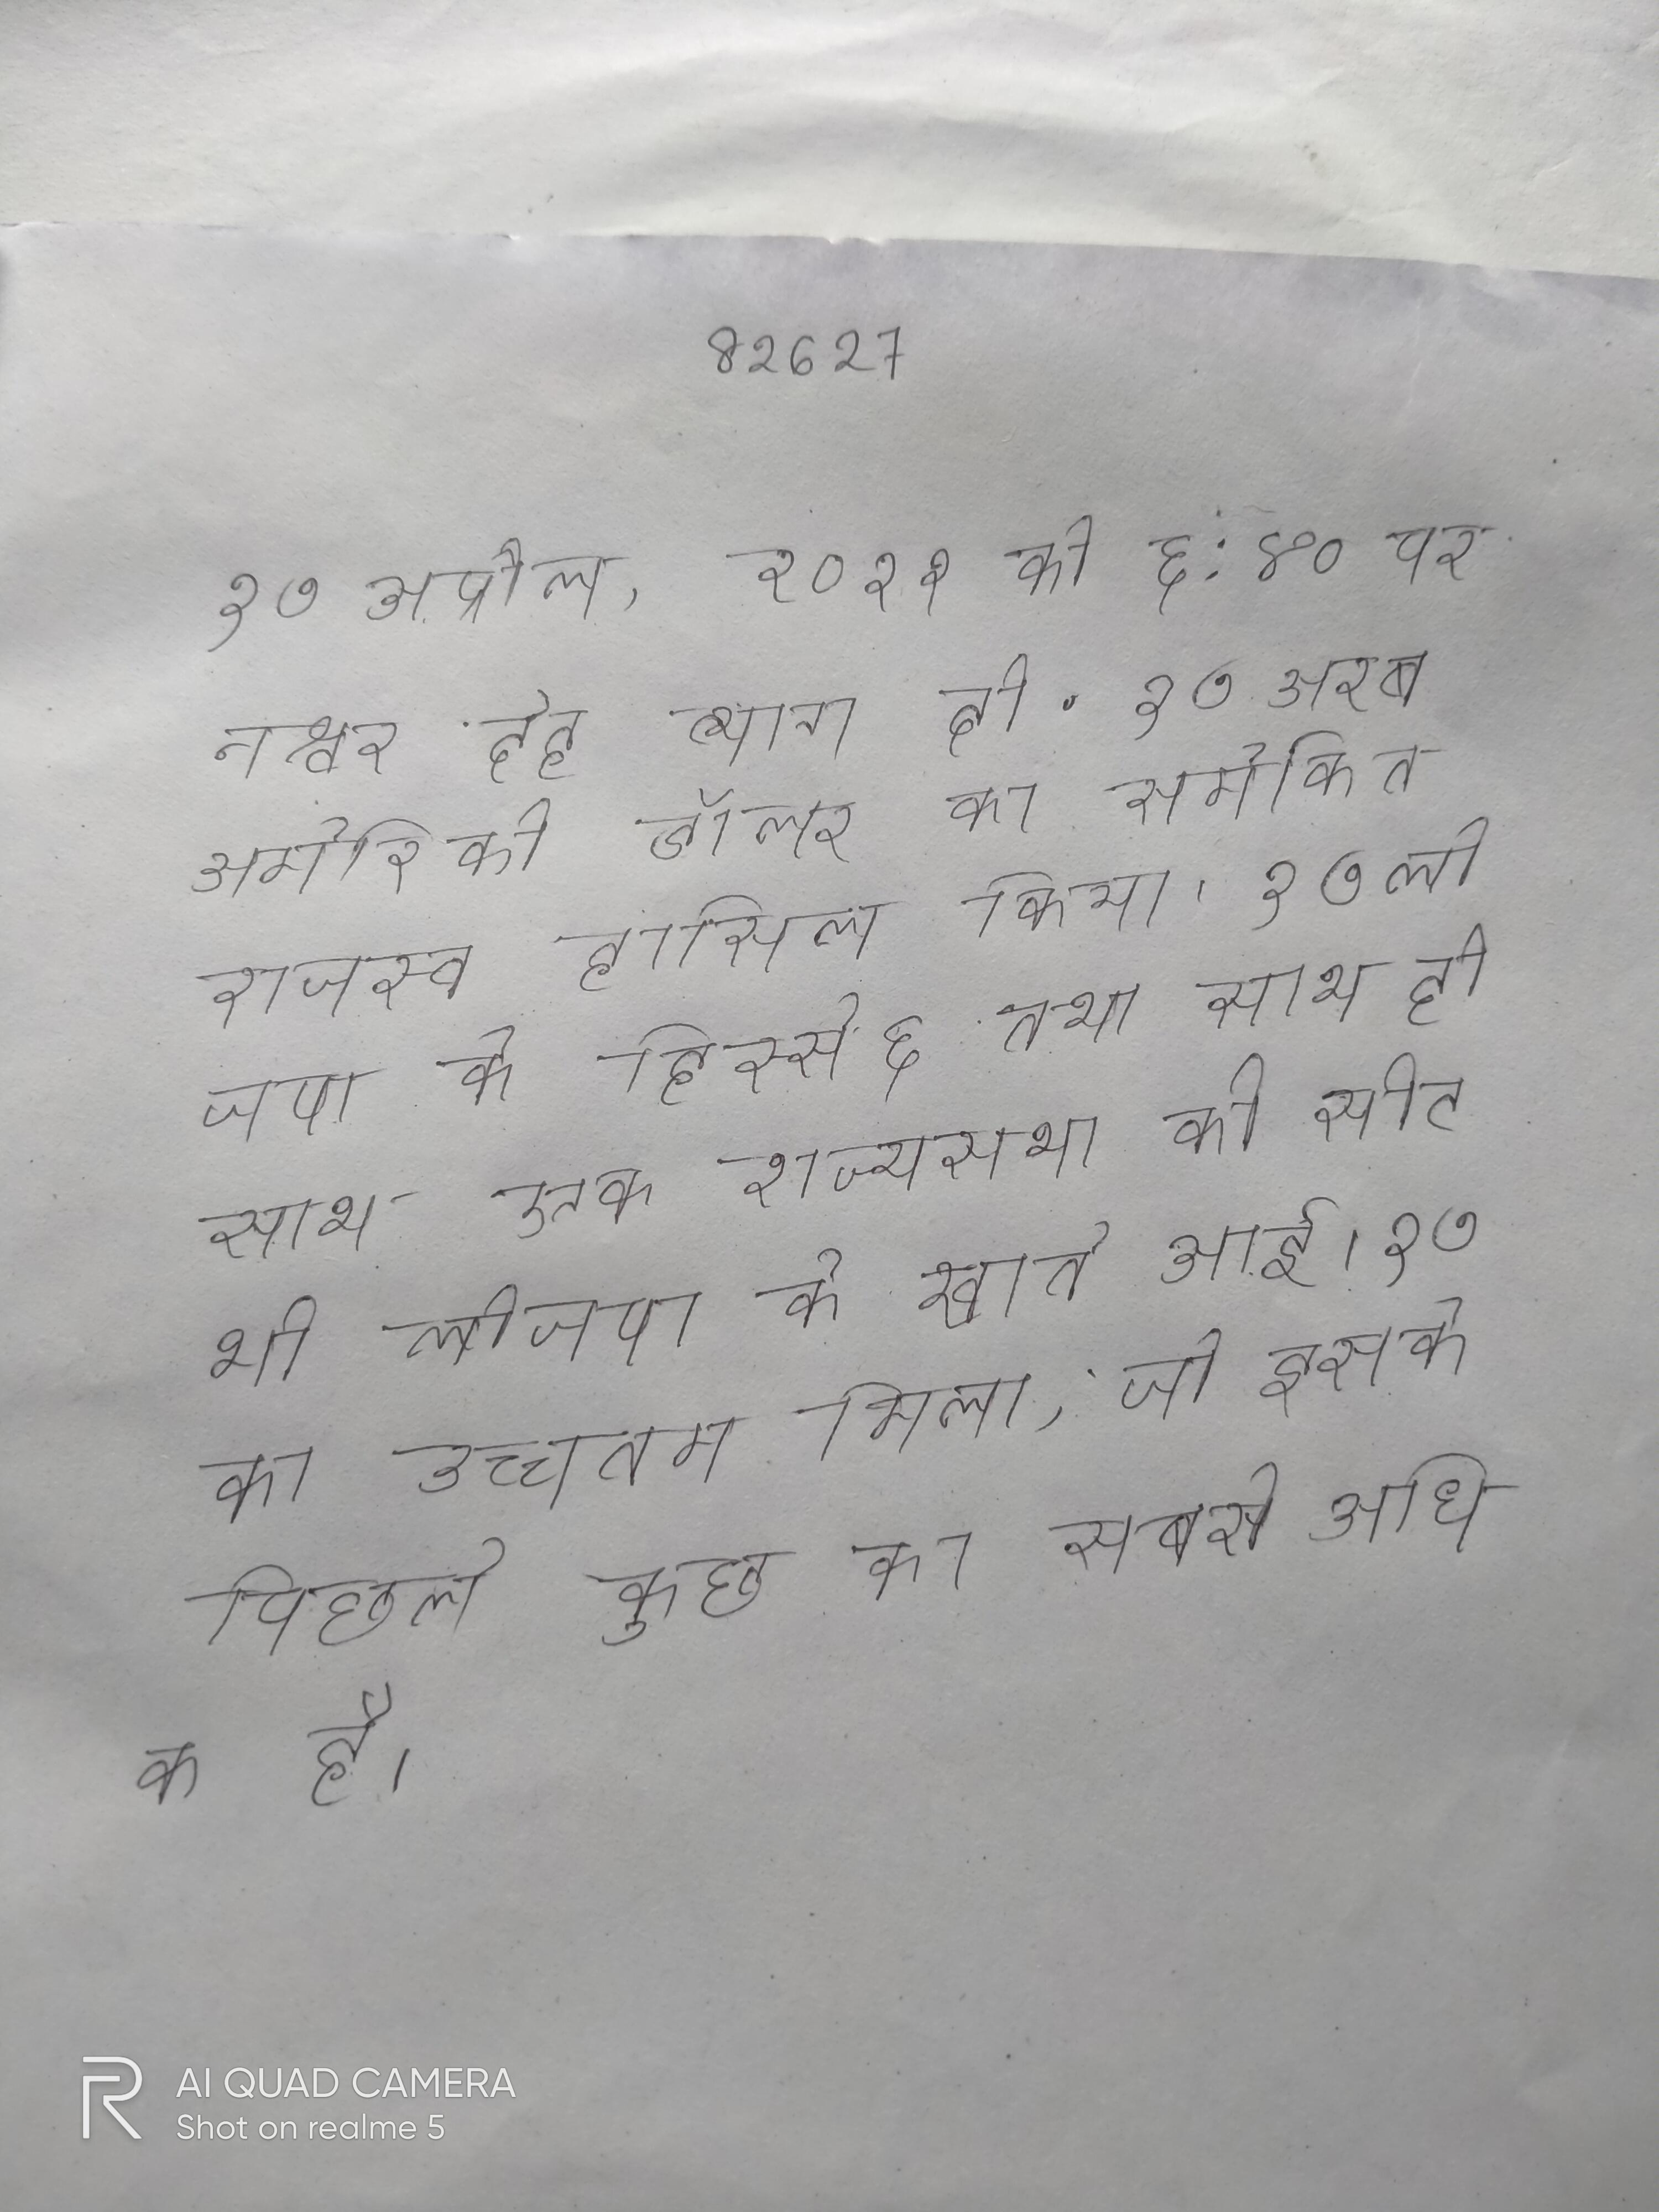
१७ अप्रैल, २०२१ को ६:४० पर नश्वर देह त्याग दी . १७ अरब अमेरिकी डॉलर का समेकित राजस्व हासिल किया । १७ लोजपा के हिस्से ६ तथा साथ ही साथ एक राज्यसभा की सीट भी लोजपा के खाते आई । १७ का उच्चतम मिला, जो इसके पिछले कुछ का सबसे अधिक है ।